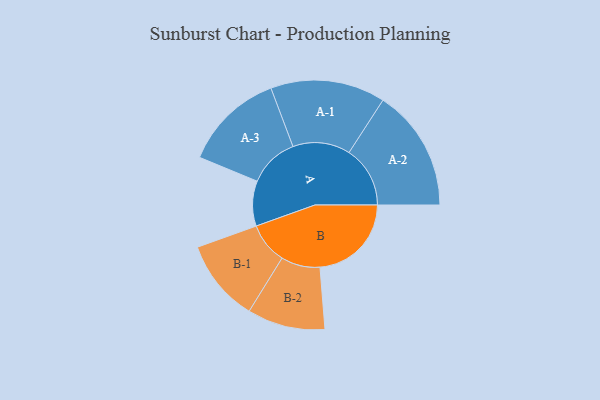
{"axis": {"x": "Segment", "y": "Value"}, "legend": ["", "A", "B"], "data": [{"x": "A", "y": 220, "type": ""}, {"x": "B", "y": 446, "type": ""}, {"x": "A-1", "y": 280, "type": "A"}, {"x": "A-2", "y": 298, "type": "A"}, {"x": "A-3", "y": 245, "type": "A"}, {"x": "B-1", "y": 201, "type": "B"}, {"x": "B-2", "y": 190, "type": "B"}]}